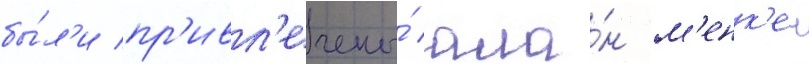
бы́л'и пр'ивл'ечены́ ала́н м'енк'ен